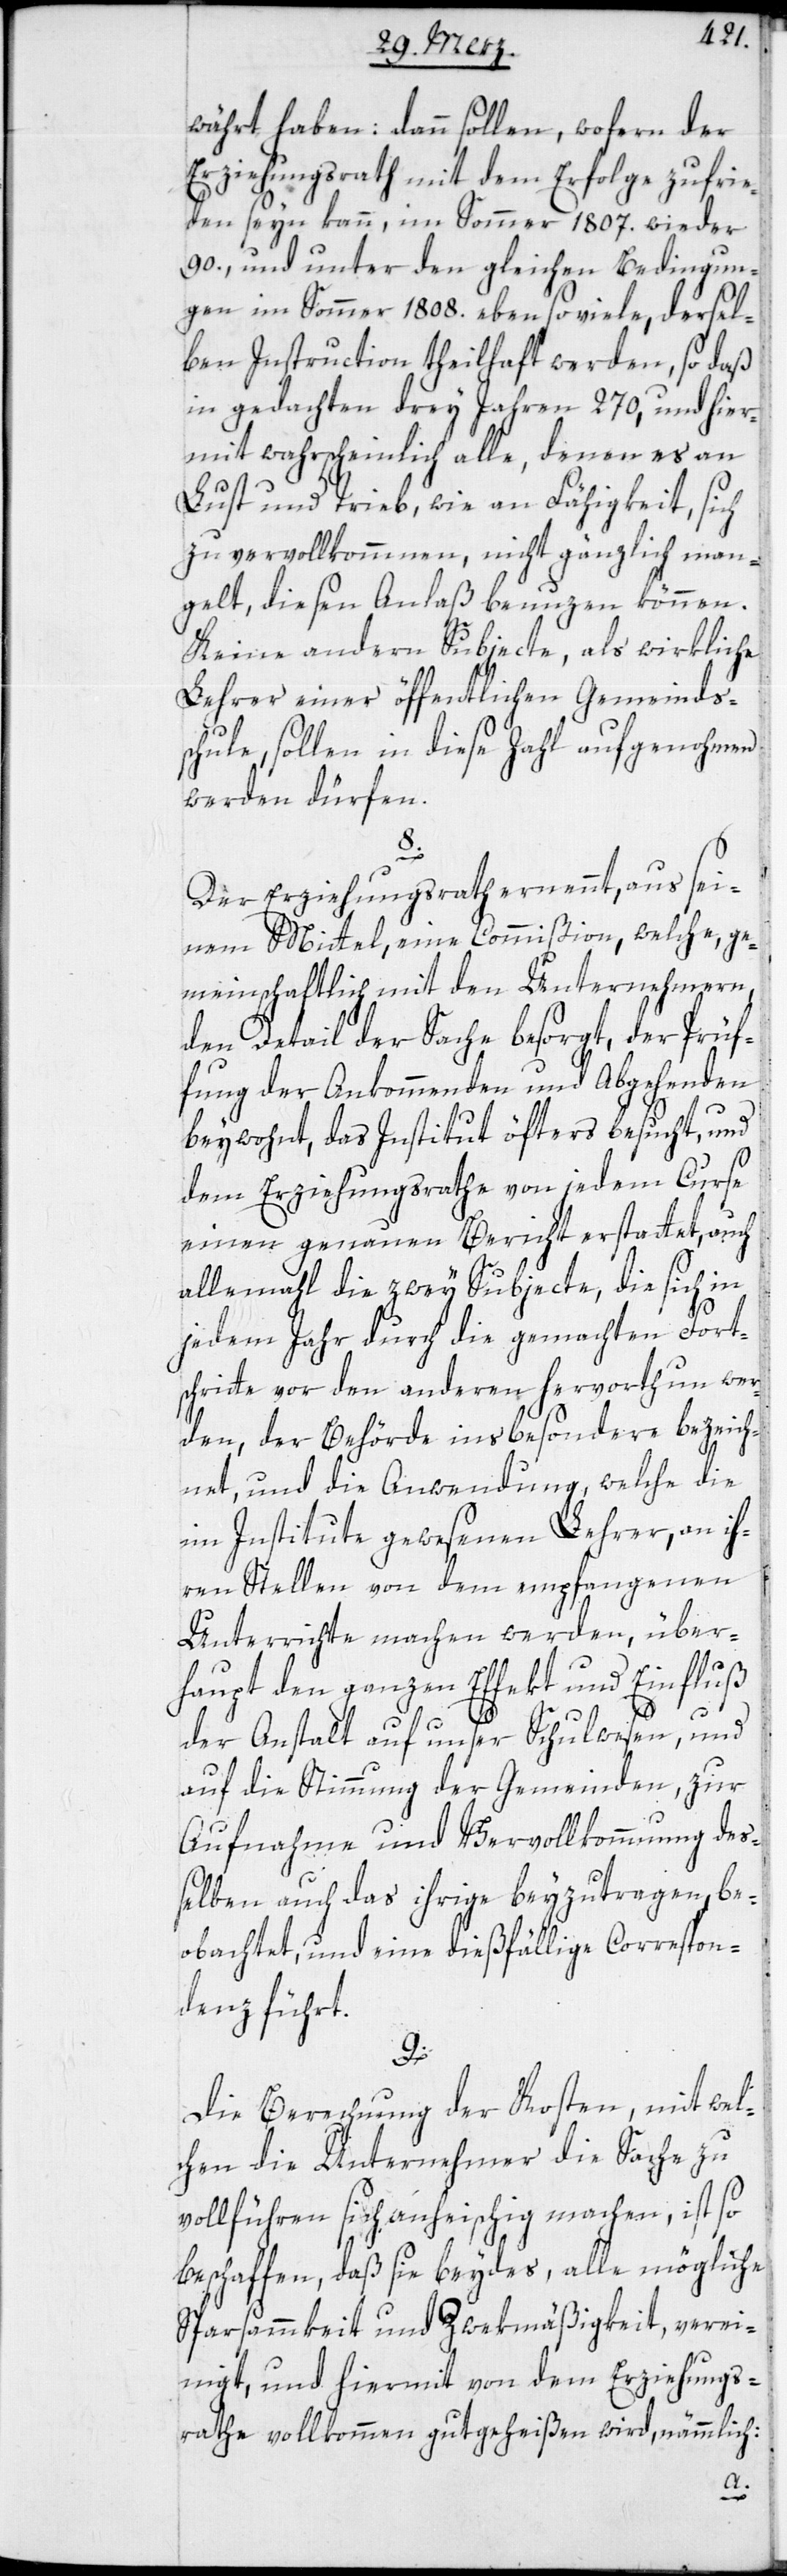
währt haben: dann sollen, wofern der
Erziehungsrath mit dem Erfolge zufrie¬
den seyn kann, im Sommer 1807. wieder
90,, und unter den gleichen Bedingun¬
gen im Sommer 1808. eben so viele, dersel¬
ben Instruction theilhaft werden, so daß
in gedachten drey Jahren 270, und hier¬
mit wahrscheinlich alle, denen es an
Lust und Trieb, wie an Fähigkeit, sich
zu vervollkommnen, nicht gänzlich man¬
gelt, diesen Anlaß benuzen können.
Keine andern Subjecte, als wirkliche
Lehrer einer öffentlichen Gemeinds¬
schule, sollen in diese Zahl aufgenohmen
werden dürfen.
8.
Der Erziehungsrath ernennt, aus sei¬
nem Mittel, eine Commißion, welche, ge¬
meinschaftlich mit den Unternehmern,
den Detail der Sache besorgt, der Prüf¬
fung der Ankommenden und Abgehenden
beywohnt, das Institut öfters besucht, und
dem Erziehungsrathe von jedem Curse
einen genauen Bericht erstattet, auch
allemahl die zwey Subjecte, die sich in
jedem Jahr durch die gemachten Fort¬
schritte vor den anderen hervorthun wer¬
den, der Behörde insbesondere bezeich¬
net, und die Anwendung, welche die
im Institute gewesenen Lehrer, an ih¬
ren Stellen von dem empfangenen
Unterrichte machen werden, über¬
haupt den ganzen Effekt und Einfluß
der Anstalt auf unser Schulwesen, und
auf die Stimmung der Gemeinden, zur
Aufnahme und Vervollkommnung deß¬
elben auch das ihrige beyzutragen, be¬
obachtet, und eine dießfällige Correspon¬
denz führt.
9.
Die Berechnung der Kosten, mit wel¬
chen die Unternehmer die Sache zu
vollführen sich anheischig machen, ist so
beschaffen, daß sie beydes, alle mögliche
Sparsammkeit und Zwekmäßigkeit, verei¬
nigt, und hiermit von dem Erziehungs¬
rathe vollkommen gutgeheißen wird, nämmlich: